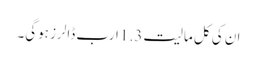
ان کی کل مالیت 1.3 ارب ڈالرز ہوگی۔